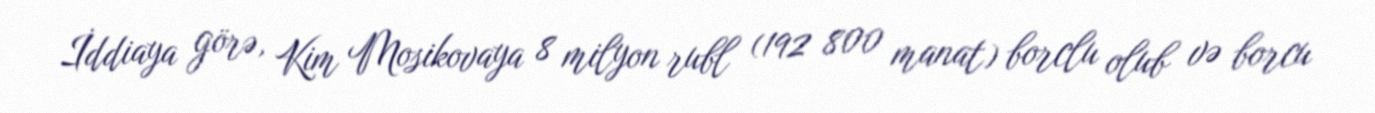
İddiaya görə, Kim Mosikovaya 8 milyon rubl (192 800 manat) borclu olub və borcu